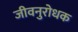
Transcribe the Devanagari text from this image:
जीवनुरोधक